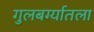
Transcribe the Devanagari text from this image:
गुलबर्ग्यातला